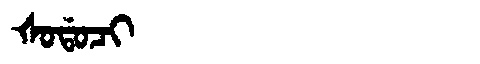
Manchu: ᡧᠣᡩᠣᠴᡳ
Romanization: ŠODOCI